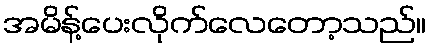
အမိန့်ပေးလိုက်လေတော့သည်။